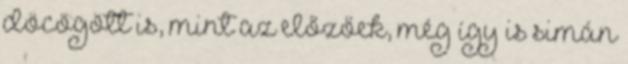
döcögött is, mint az előzőek, még így is simán